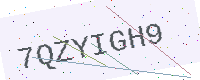
Text: 7QZYIGH9